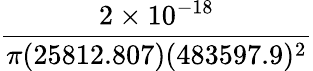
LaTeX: \frac{2\times 10^{-18}}{\pi(25812.807)(483597.9)^{2}}